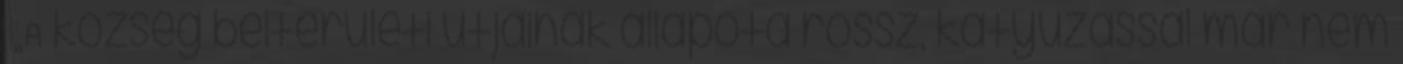
▪„A község belterületi utjainak állapota rossz, kátyuzással már nem